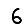
Digit: 6